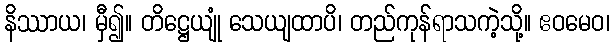
နိဿာယ၊ မှီ၍။ တိဋ္ဌေယျုံ သေယျထာပိ၊ တည်ကုန်ရာသကဲ့သို့။ ဧဝမေဝ၊